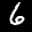
Label: 6